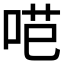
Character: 𭇼